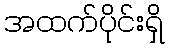
အထက်ပိုင်းရှိ